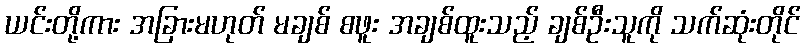
ယင်းတို့ကား အခြားမဟုတ် မချစ် စဖူး အချစ်ထူးသည့် ချစ်ဦးသူကို သက်ဆုံးတိုင်